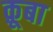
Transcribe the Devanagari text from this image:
क़ूबा